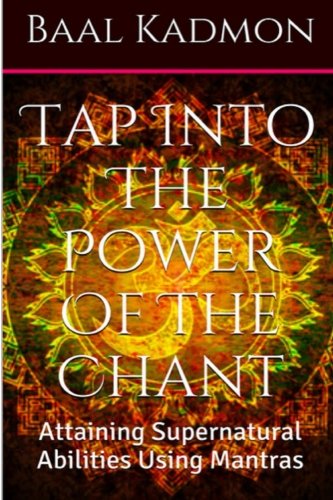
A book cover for Tap Into The Power Of The Chant: Attaining Supernatural Abilities Using Mantras (Supernatural Attainments Series) (Volume 1); Baal Kadmon; Religion & Spirituality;